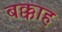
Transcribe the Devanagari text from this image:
बक्काह